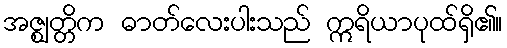
အဇ္ဈတ္တိက ဓာတ်လေးပါးသည် ဣရိယာပုထ်ရှိ၏။